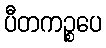
ပီတကဉ္စပေ